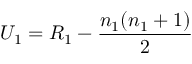
U _ { 1 } = R _ { 1 } - { \frac { n _ { 1 } ( n _ { 1 } + 1 ) } { 2 } } \,